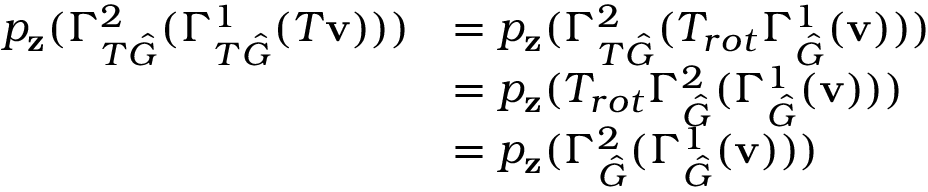
\begin{array} { r l } { p _ { \mathbf { z } } ( \Gamma _ { T \hat { G } } ^ { 2 } ( \Gamma _ { T \hat { G } } ^ { 1 } ( T \mathbf { v } ) ) ) } & { = p _ { \mathbf { z } } ( \Gamma _ { T \hat { G } } ^ { 2 } ( T _ { r o t } \Gamma _ { \hat { G } } ^ { 1 } ( \mathbf { v } ) ) ) } \\ & { = p _ { \mathbf { z } } ( T _ { r o t } \Gamma _ { \hat { G } } ^ { 2 } ( \Gamma _ { \hat { G } } ^ { 1 } ( \mathbf { v } ) ) ) } \\ & { = p _ { \mathbf { z } } ( \Gamma _ { \hat { G } } ^ { 2 } ( \Gamma _ { \hat { G } } ^ { 1 } ( \mathbf { v } ) ) ) } \end{array}